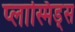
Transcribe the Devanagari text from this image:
प्लास्मिड्स